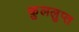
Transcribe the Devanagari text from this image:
कुललुप्त